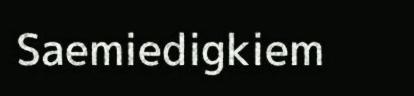
Saemiedigkiem